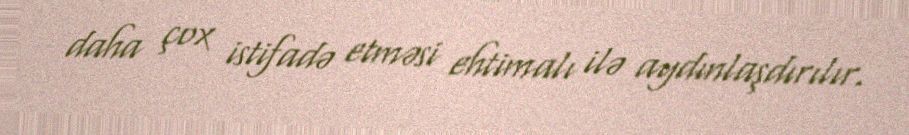
daha çox istifadə etməsi ehtimalı ilə aydınlaşdırılır.